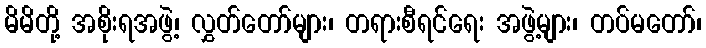
မိမိတို့ အစိုးရအဖွဲ့၊ လွှတ်တော်များ၊ တရားစီရင်ရေး အဖွဲ့များ၊ တပ်မတော်၊